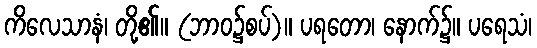
ကိလေသာနံ၊ တို့၏။ (ဘာဝ၌စပ်)။ ပရတော၊ နောက်၌။ ပရေသံ၊